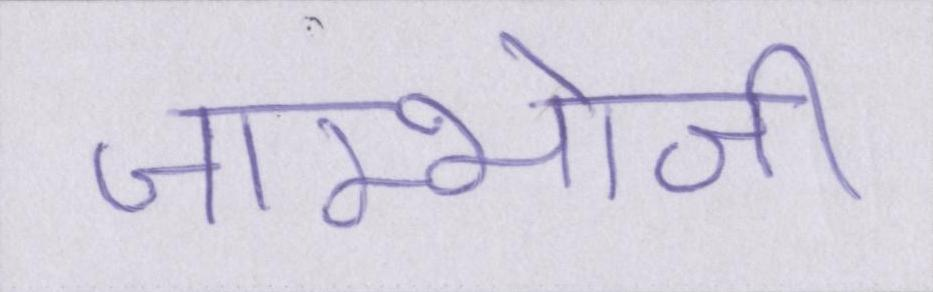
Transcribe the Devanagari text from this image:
जाम्भोजी